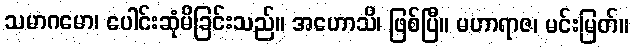
သမာဂမော၊ ပေါင်းဆုံမိခြင်းသည်။ အဟောသိ၊ ဖြစ်ပြီ။ မဟာရာဇ၊ မင်းမြတ်။